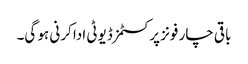
باقی چار فونز پر کسٹمز ڈیوٹی ادا کرنی ہو گی۔